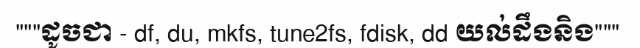
"""ដូចជា - df, du, mkfs, tune2fs, fdisk, dd យល់ដឹងនិង"""